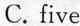
C.five